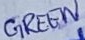
Text: GREEN